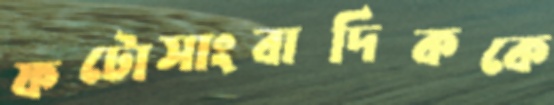
ফটোসাংবাদিককে